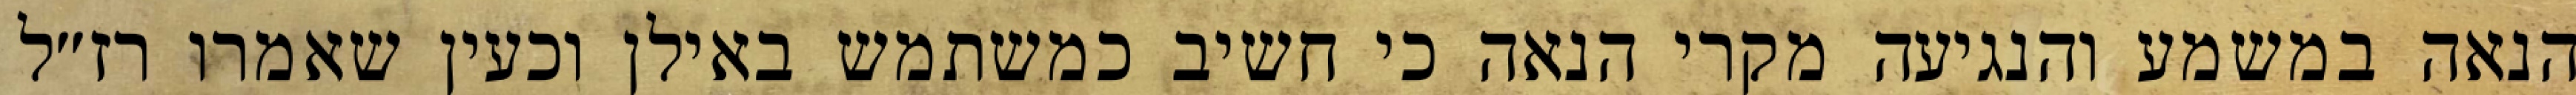
הנאה במשמע והנגיעה מקרי הנאה כי חשיב כמשתמש באילן וכעין שאמרו רז״ל